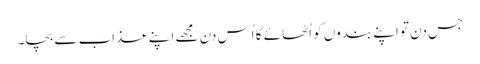
جس دن تو اپنے بندوں کو اُٹھائے گا اُس دن مجھے اپنے عذاب سے بچا۔